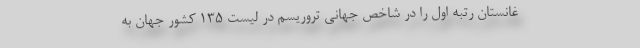
غانستان رتبه اول را در شاخص جهانی تروریسم در لیست ۱۳۵ کشور جهان به